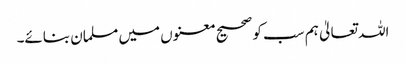
اللہ تعالیٰ ہم سب کو صحیح معنوں میں مسلمان بنائے۔